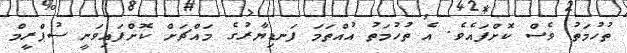
ތުހުމަތު ވެސް ކޮށްފައެވެ. އެ ތުހުމަތު އުއްތަމަ ފަނޑިޔާރުގެ މައްޗަށް ކޮށްފައިވަނީ ސުޕްރީމް